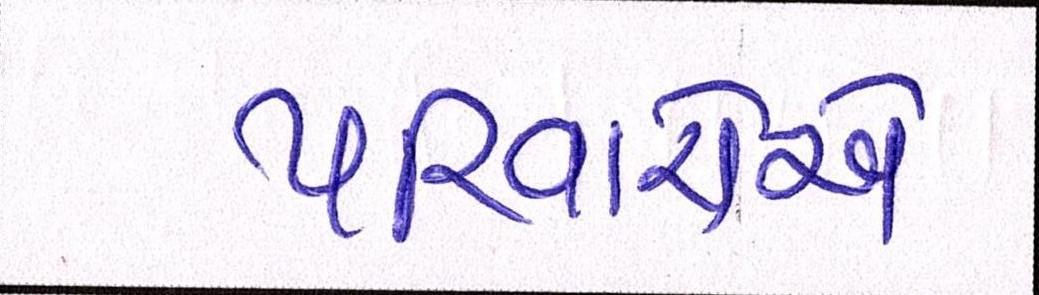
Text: પરિવારોએ